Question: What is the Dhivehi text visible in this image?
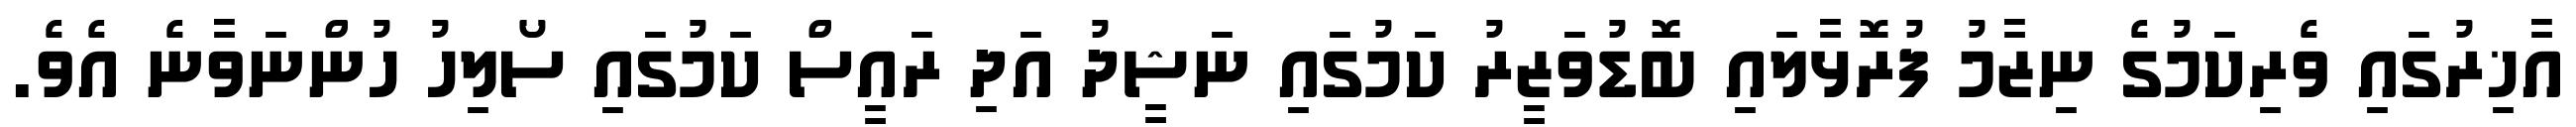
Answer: އާޚިރުގައި ވެރިކަމުގެ ނިޒާމު ފުރޮޅާލައި ބޮޑުވަޒީރު ކަމުގައި ނަޝީދު އަދި ރައީސް ކަމުގައި ސޯލިހު ހުންނަވާނެ އެވެ.